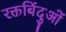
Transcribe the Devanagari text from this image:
रक्तबिंदुओं